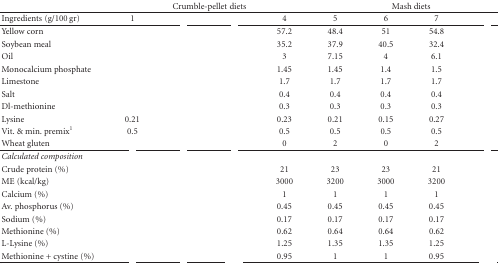
<table><thead><tr><td>[EMPTY_CELL]</td><td colspan="4"><b>Crumble-pellet diets</b></td><td colspan="4"><b>Mash diets</b></td></tr></thead><tbody><tr><td>Ingredients (g/100 gr)</td><td>1</td><td>[EMPTY_CELL]</td><td>[EMPTY_CELL]</td><td>4</td><td>5</td><td>6</td><td>7</td><td>[EMPTY_CELL]</td></tr><tr><td>Yellow corn</td><td>[EMPTY_CELL]</td><td>[EMPTY_CELL]</td><td>[EMPTY_CELL]</td><td>57.2</td><td>48.4</td><td>51</td><td>54.8</td><td>[EMPTY_CELL]</td></tr><tr><td>Soybean meal</td><td>[EMPTY_CELL]</td><td>[EMPTY_CELL]</td><td>[EMPTY_CELL]</td><td>35.2</td><td>37.9</td><td>40.5</td><td>32.4</td><td>[EMPTY_CELL]</td></tr><tr><td>Oil</td><td>[EMPTY_CELL]</td><td>[EMPTY_CELL]</td><td>[EMPTY_CELL]</td><td>3</td><td>7.15</td><td>4</td><td>6.1</td><td>[EMPTY_CELL]</td></tr><tr><td>Monocalcium phosphate</td><td>[EMPTY_CELL]</td><td>[EMPTY_CELL]</td><td>[EMPTY_CELL]</td><td>1.45</td><td>1.45</td><td>1.4</td><td>1.5</td><td>[EMPTY_CELL]</td></tr><tr><td>Limestone</td><td>[EMPTY_CELL]</td><td>[EMPTY_CELL]</td><td>[EMPTY_CELL]</td><td>1.7</td><td>1.7</td><td>1.7</td><td>1.7</td><td>[EMPTY_CELL]</td></tr><tr><td>Salt</td><td>[EMPTY_CELL]</td><td>[EMPTY_CELL]</td><td>[EMPTY_CELL]</td><td>0.4</td><td>0.4</td><td>0.4</td><td>0.4</td><td>[EMPTY_CELL]</td></tr><tr><td>Dl-methionine</td><td>[EMPTY_CELL]</td><td>[EMPTY_CELL]</td><td>[EMPTY_CELL]</td><td>0.3</td><td>0.3</td><td>0.3</td><td>0.3</td><td>[EMPTY_CELL]</td></tr><tr><td>Lysine</td><td>0.21</td><td>[EMPTY_CELL]</td><td>[EMPTY_CELL]</td><td>0.23</td><td>0.21</td><td>0.15</td><td>0.27</td><td>[EMPTY_CELL]</td></tr><tr><td>Vit. &amp; min. premix<sup>1</sup></td><td>0.5</td><td>[EMPTY_CELL]</td><td>[EMPTY_CELL]</td><td>0.5</td><td>0.5</td><td>0.5</td><td>0.5</td><td>[EMPTY_CELL]</td></tr><tr><td>Wheat gluten</td><td>[EMPTY_CELL]</td><td>[EMPTY_CELL]</td><td>[EMPTY_CELL]</td><td>0</td><td>2</td><td>0</td><td>2</td><td>[EMPTY_CELL]</td></tr><tr><td><i>Calculated composition</i></td><td>[EMPTY_CELL]</td><td>[EMPTY_CELL]</td><td>[EMPTY_CELL]</td><td>[EMPTY_CELL]</td><td>[EMPTY_CELL]</td><td>[EMPTY_CELL]</td><td>[EMPTY_CELL]</td><td>[EMPTY_CELL]</td></tr><tr><td>Crude protein (%)</td><td>[EMPTY_CELL]</td><td>[EMPTY_CELL]</td><td>[EMPTY_CELL]</td><td>21</td><td>23</td><td>23</td><td>21</td><td>[EMPTY_CELL]</td></tr><tr><td>ME (kcal/kg)</td><td>[EMPTY_CELL]</td><td>[EMPTY_CELL]</td><td>[EMPTY_CELL]</td><td>3000</td><td>3200</td><td>3000</td><td>3200</td><td>[EMPTY_CELL]</td></tr><tr><td>Calcium (%)</td><td>[EMPTY_CELL]</td><td>[EMPTY_CELL]</td><td>[EMPTY_CELL]</td><td>1</td><td>1</td><td>1</td><td>1</td><td>[EMPTY_CELL]</td></tr><tr><td>Av. phosphorus (%)</td><td>[EMPTY_CELL]</td><td>[EMPTY_CELL]</td><td>[EMPTY_CELL]</td><td>0.45</td><td>0.45</td><td>0.45</td><td>0.45</td><td>[EMPTY_CELL]</td></tr><tr><td>Sodium (%)</td><td>[EMPTY_CELL]</td><td>[EMPTY_CELL]</td><td>[EMPTY_CELL]</td><td>0.17</td><td>0.17</td><td>0.17</td><td>0.17</td><td>[EMPTY_CELL]</td></tr><tr><td>Methionine (%)</td><td>[EMPTY_CELL]</td><td>[EMPTY_CELL]</td><td>[EMPTY_CELL]</td><td>0.62</td><td>0.64</td><td>0.64</td><td>0.62</td><td>[EMPTY_CELL]</td></tr><tr><td>L-Lysine (%)</td><td>[EMPTY_CELL]</td><td>[EMPTY_CELL]</td><td>[EMPTY_CELL]</td><td>1.25</td><td>1.35</td><td>1.35</td><td>1.25</td><td>[EMPTY_CELL]</td></tr><tr><td>Methionine + cystine (%)</td><td>[EMPTY_CELL]</td><td>[EMPTY_CELL]</td><td>[EMPTY_CELL]</td><td>0.95</td><td>1</td><td>1</td><td>0.95</td><td>[EMPTY_CELL]</td></tr></tbody></table>